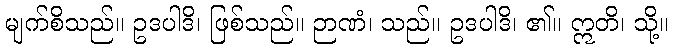
မျက်စိသည်။ ဥဒပါဒိ၊ ဖြစ်သည်။ ဉာဏံ၊ သည်။ ဥဒပါဒိ၊ ၏။ ဣတိ၊ သို့။